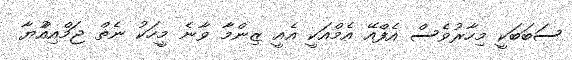
ސަބަބަކީ މިހާރުވެސް އެފްއޭ އެމްއަކީ އެއީ ޒިންމާ ވާނެ މީހަކު ނެތް ޖަމްއިއްުޔާ